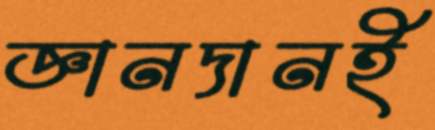
জ্ঞানদানই